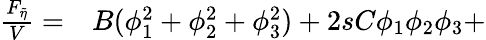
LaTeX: \begin{array}{rl}{\frac{F_{\widetilde{\eta}}}{V}=}&{{}B(\phi_{1}^{2}+\phi_{2}^{2}+\phi_{3}^{2})+2sC\phi_{1}\phi_{2}\phi_{3}+}\end{array}